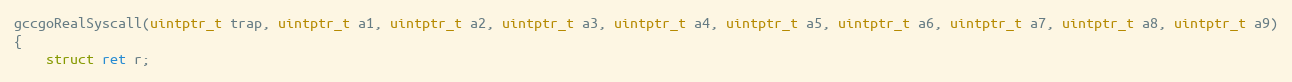
Language: C
gccgoRealSyscall(uintptr_t trap, uintptr_t a1, uintptr_t a2, uintptr_t a3, uintptr_t a4, uintptr_t a5, uintptr_t a6, uintptr_t a7, uintptr_t a8, uintptr_t a9)
{
	struct ret r;